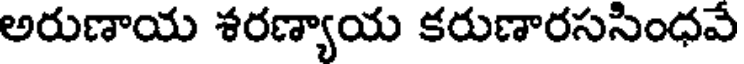
అరుణాయ శరణ్యాయ కరుణారససింధవే